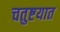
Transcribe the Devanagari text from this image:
चतुष्टयात